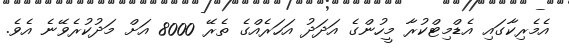
އެމެރިކާގައި އެޑްމިޓްކުރާ މީހުންގެ އަދަދު އަހަރެއްގެ ތެރޭ 8000 އަށް މަދުކުރެވޭނެ އެވެ.